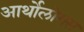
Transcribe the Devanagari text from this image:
आर्थोलोगस